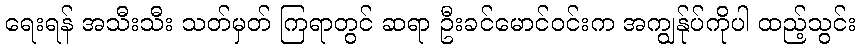
ရေးရန် အသီးသီး သတ်မှတ် ကြရာတွင် ဆရာ ဦးခင်မောင်ဝင်းက အကျွန်ုပ်ကိုပါ ထည့်သွင်း